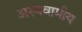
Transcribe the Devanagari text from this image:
अस्यवामीय